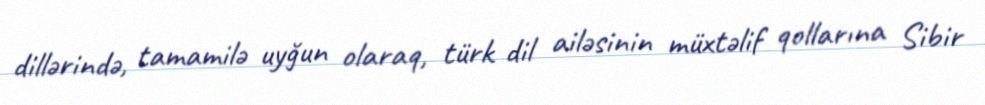
dillərində, tamamilə uyğun olaraq, türk dil ailəsinin müxtəlif qollarına Sibir